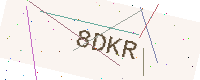
Text: 8DKR